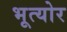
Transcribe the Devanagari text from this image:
भूत्योर